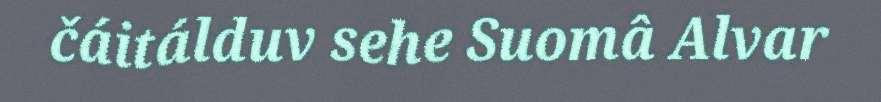
čáitálduv sehe Suomâ Alvar